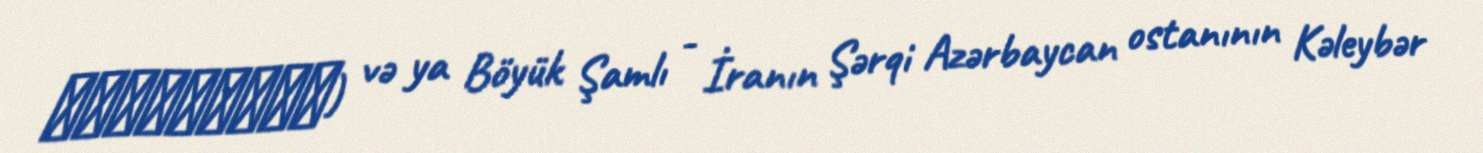
شاملوبزرگ) və ya Böyük Şamlı - İranın Şərqi Azərbaycan ostanının Kəleybər